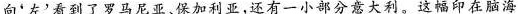
向'左'看到了罗马尼亚，保加利亚，还有一小部分意大利。这幅印在脑海